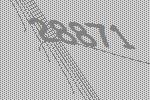
28871